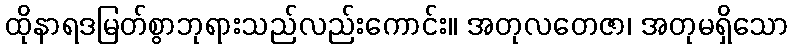
ထိုနာရဒမြတ်စွာဘုရားသည်လည်းကောင်း။ အတုလတေဇာ၊ အတုမရှိသော